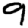
Digit: 9